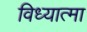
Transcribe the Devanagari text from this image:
विध्यात्मा